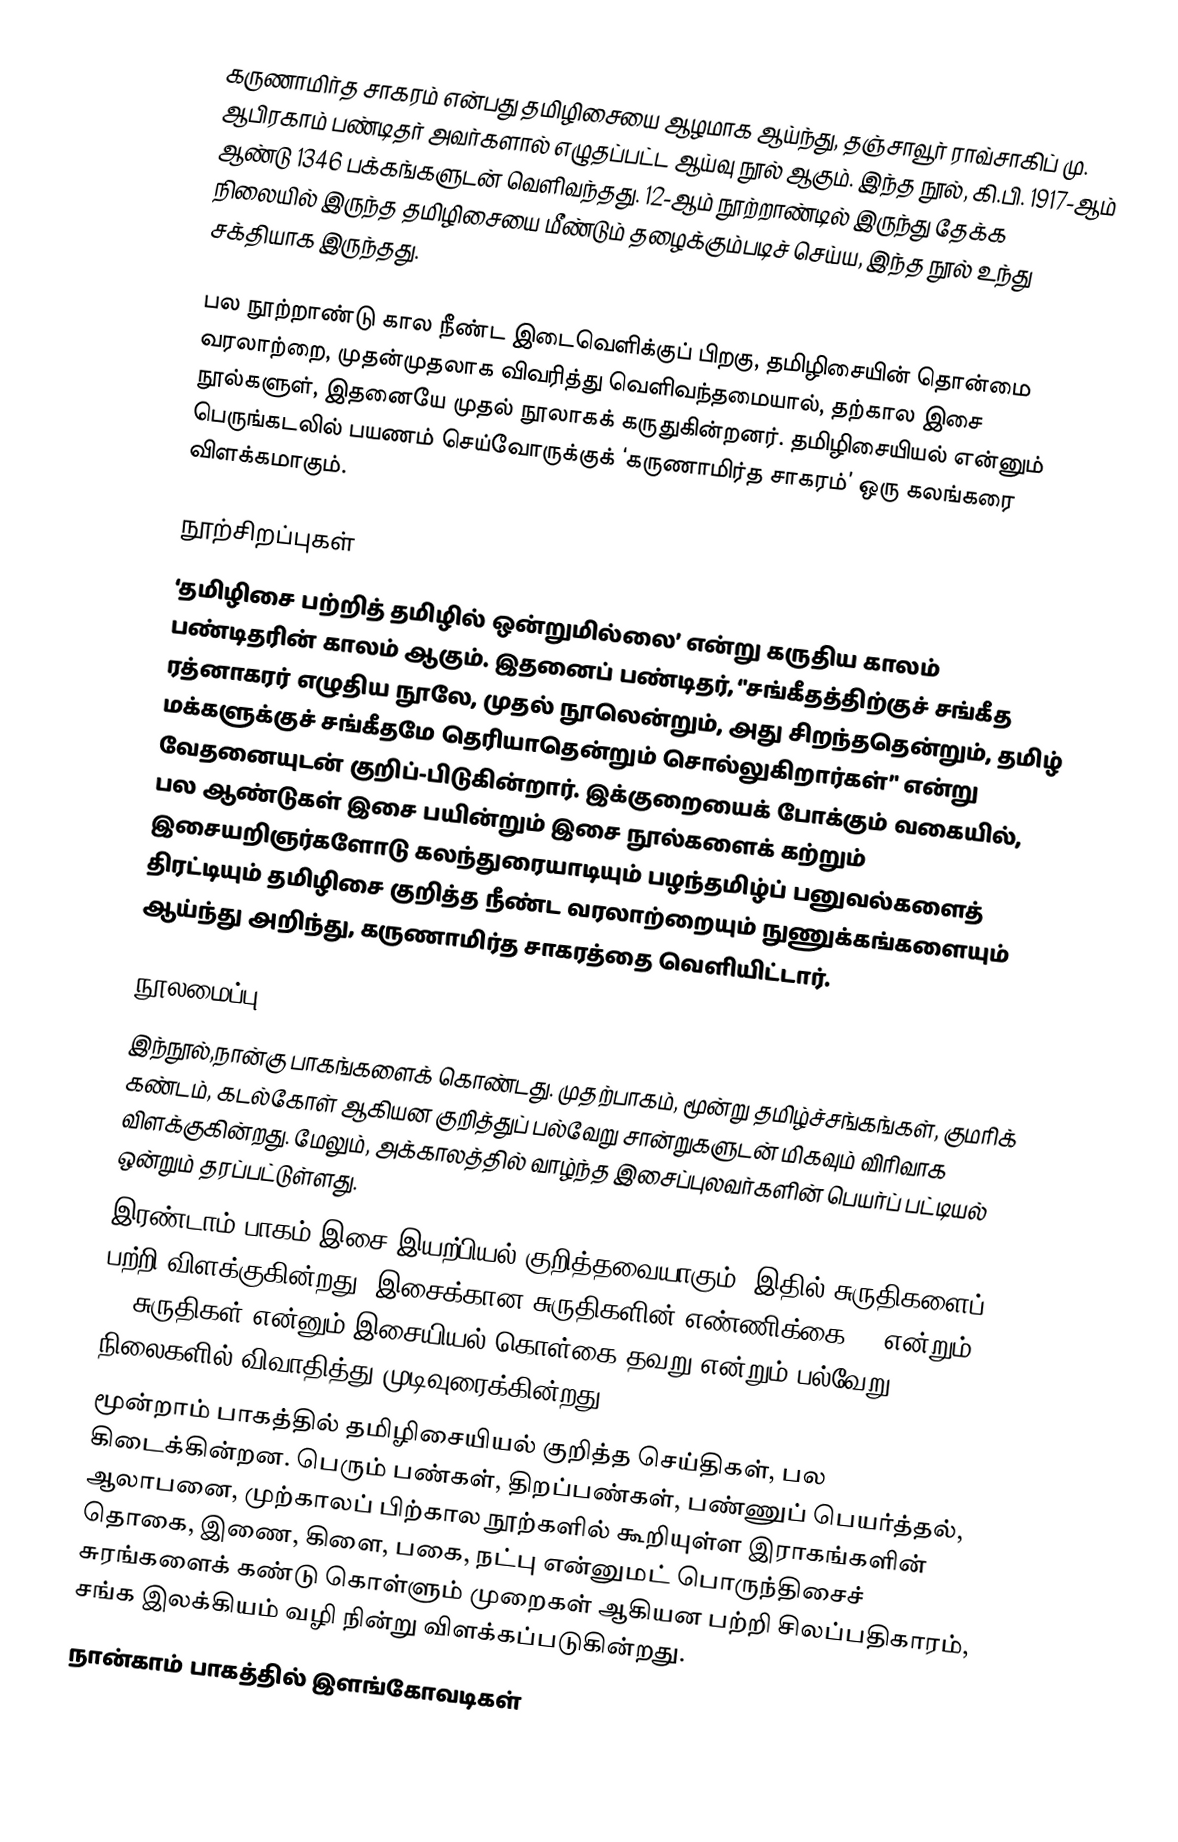
கருணாமிர்த சாகரம் என்பது தமிழிசையை ஆழமாக ஆய்ந்து,  தஞ்சாவூர் ராவ்சாகிப் மு. ஆபிரகாம் பண்டிதர் அவர்களால் எழுதப்பட்ட ஆய்வு நூல் ஆகும்.  இந்த நூல், கி.பி. 1917-ஆம் ஆண்டு 1346 பக்கங்களுடன் வெளிவந்தது.  12-ஆம் நூற்றாண்டில் இருந்து தேக்க நிலையில் இருந்த தமிழிசையை மீண்டும் தழைக்கும்படிச் செய்ய, இந்த நூல் உந்து சக்தியாக இருந்தது.

பல நூற்றாண்டு கால நீண்ட இடைவெளிக்குப் பிறகு, தமிழிசையின் தொன்மை வரலாற்றை, முதன்முதலாக விவரித்து வெளிவந்தமையால், தற்கால இசை நூல்களுள், இதனையே முதல் நூலாகக் கருதுகின்றனர். தமிழிசையியல் என்னும் பெருங்கடலில் பயணம் செய்வோருக்குக் ‘கருணாமிர்த சாகரம்’ ஒரு கலங்கரை விளக்கமாகும்.

நூற்சிறப்புகள்
‘தமிழிசை பற்றித் தமிழில் ஒன்றுமில்லை’ என்று கருதிய காலம் பண்டிதரின் காலம் ஆகும்.  இதனைப் பண்டிதர், ‘'சங்கீதத்திற்குச் சங்கீத ரத்னாகரர் எழுதிய நூலே, முதல் நூலென்றும், அது சிறந்ததென்றும், தமிழ் மக்களுக்குச் சங்கீதமே தெரியாதென்றும் சொல்லுகிறார்கள்’' என்று வேதனையுடன் குறிப்-பிடுகின்றார். இக்குறையைக் போக்கும் வகையில், பல ஆண்டுகள் இசை பயின்றும் இசை நூல்களைக் கற்றும் இசையறிஞர்களோடு கலந்துரையாடியும் பழந்தமிழ்ப் பனுவல்களைத் திரட்டியும் தமிழிசை குறித்த நீண்ட வரலாற்றையும் நுணுக்கங்களையும் ஆய்ந்து அறிந்து, கருணாமிர்த சாகரத்தை வெளியிட்டார்.

நூலமைப்பு
இந்நூல்,நான்கு பாகங்களைக் கொண்டது. முதற்பாகம், மூன்று தமிழ்ச்சங்கங்கள், குமரிக் கண்டம், கடல்கோள் ஆகியன குறித்துப் பல்வேறு சான்றுகளுடன் மிகவும் விரிவாக விளக்குகின்றது. மேலும், அக்காலத்தில் வாழ்ந்த இசைப்புலவர்களின் பெயர்ப் பட்டியல் ஒன்றும் தரப்பட்டுள்ளது.
இரண்டாம் பாகம் இசை இயற்பியல் குறித்தவையாகும். இதில் சுருதிகளைப் பற்றி விளக்குகின்றது. இசைக்கான சுருதிகளின் எண்ணிக்கை 24 என்றும், 22 சுருதிகள் என்னும் இசையியல் கொள்கை தவறு என்றும் பல்வேறு நிலைகளில் விவாதித்து முடிவுரைக்கின்றது.
மூன்றாம் பாகத்தில் தமிழிசையியல் குறித்த செய்திகள், பல கிடைக்கின்றன. பெரும் பண்கள், திறப்பண்கள், பண்ணுப் பெயர்த்தல், ஆலாபனை, முற்காலப் பிற்கால நூற்களில் கூறியுள்ள இராகங்களின் தொகை, இணை, கிளை, பகை, நட்பு என்னுமட் பொருந்திசைச் சுரங்களைக் கண்டு கொள்ளும் முறைகள் ஆகியன பற்றி சிலப்பதிகாரம், சங்க இலக்கியம் வழி நின்று விளக்கப்படுகின்றது.
நான்காம் பாகத்தில் இளங்கோவடிகள்